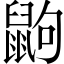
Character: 鼩